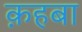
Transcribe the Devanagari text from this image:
क़हबा